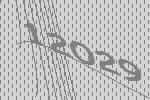
12029